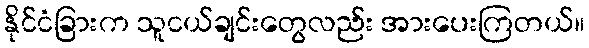
နိုင်ငံခြားက သူငယ်ချင်းတွေလည်း အားပေးကြတယ်။